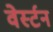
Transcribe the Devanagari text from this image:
वेर्स्टन